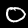
Digit: 0